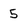
Character: 5